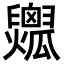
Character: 𤬟